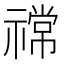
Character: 𫀠